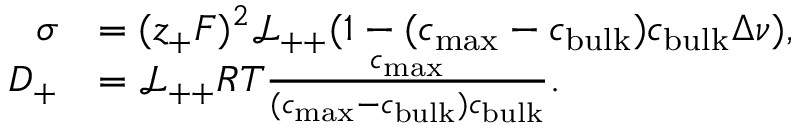
\begin{array} { r l } { \sigma } & { = ( z _ { + } F ) ^ { 2 } \mathcal { L _ { + + } } ( 1 - ( c _ { \mathrm { m a x } } - c _ { \mathrm { b u l k } } ) c _ { \mathrm { b u l k } } \Delta \nu ) , } \\ { D _ { + } } & { = \mathcal { L _ { + + } } R T \frac { c _ { \mathrm { m a x } } } { ( c _ { \mathrm { m a x } } - c _ { \mathrm { b u l k } } ) c _ { \mathrm { b u l k } } } . } \end{array}